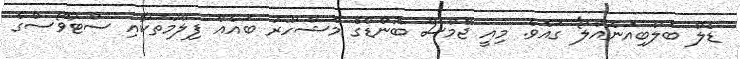
ޑެލް ބަލްބިއަނެއްލޯ' ގައެވެ. މިއީ ޖޭމްސް ބޮންޑްގެ މަޝްހޫރު ބައެއް ފިލްމުތަކާއި ސްޓާވޯސްގެ